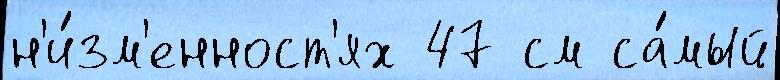
н'и́зм'енност'ях 47 см са́мый